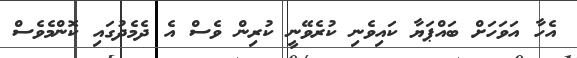
އެހާ އަވަހަށް ބައްޕަޔާ ކައިވެނި ކުރެވޭނީ ކުރިން ވެސް އެ ދެމެދުގައި ކޮންމެވެސް